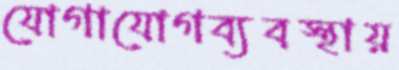
যোগাযোগব্যবস্থায়